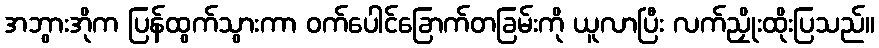
အဘွားအိုက ပြန်ထွက်သွားကာ ဝက်ပေါင်ခြောက်တခြမ်းကို ယူလာပြီး လက်ညှိုးထိုးပြသည်။